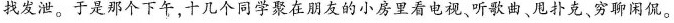
找发泄。于是那个下午，十几个同学聚在朋友的小房里看电视、听歌曲、甩扑克、穷聊闲侃。